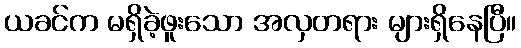
ယခင်က မရှိခဲ့ဖူးသော အလှတရား များရှိနေပြီ။